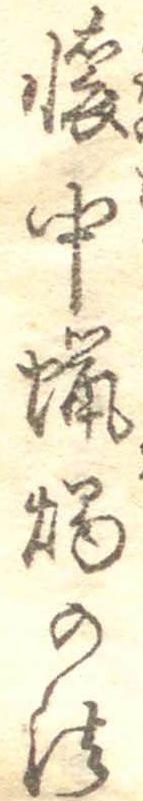
懐中蝋燭の法